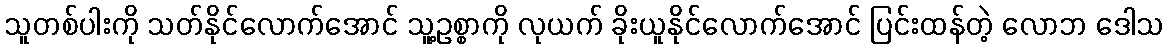
သူတစ်ပါးကို သတ်နိုင်လောက်အောင် သူ့ဥစ္စာကို လုယက် ခိုးယူနိုင်လောက်အောင် ပြင်းထန်တဲ့ လောဘ ဒေါသ